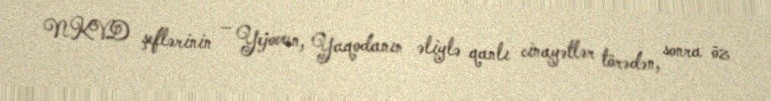
NKVD şeflərinin – Yejovun, Yaqodanın əliylə qanlı cinayətlər törədən, sonra öz